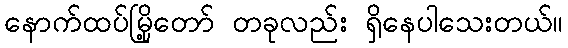
နောက်ထပ်မြို့တော် တခုလည်း ရှိနေပါသေးတယ်။